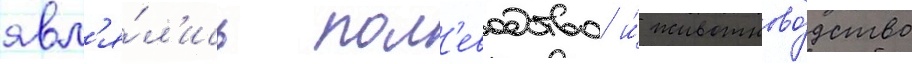
явл'я́л'ись пол'еводство и́ животново́дство